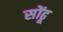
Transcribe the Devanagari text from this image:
सोंढू